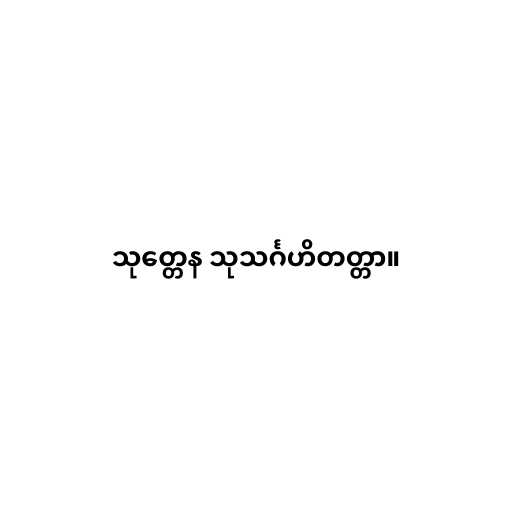
သုတ္တေန သုသင်္ဂဟိတတ္တာ။